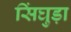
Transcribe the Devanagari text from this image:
सिंघुड़ा